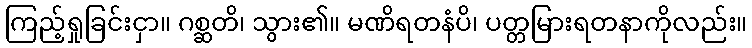
ကြည့်ရှုခြင်းငှာ။ ဂစ္ဆတိ၊ သွား၏။ မဏိရတနံပိ၊ ပတ္တမြားရတနာကိုလည်း။